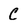
Character: C